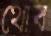
থোব